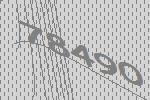
78490